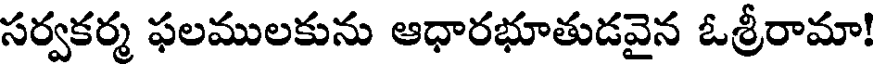
సర్వకర్మ ఫలములకును ఆధారభూతుడవైన ఓశ్రీరామా!